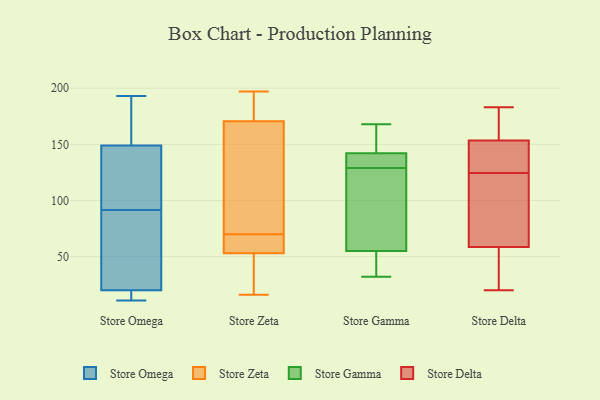
{"axis": {"x": "Bounce Rate (%)", "y": "Value"}, "legend": ["Store Delta", "Store Gamma", "Store Omega", "Store Zeta"], "data": [{"x": "", "y": 14, "type": "Store Omega"}, {"x": "", "y": 17, "type": "Store Omega"}, {"x": "", "y": 184, "type": "Store Omega"}, {"x": "", "y": 106, "type": "Store Omega"}, {"x": "", "y": 143, "type": "Store Omega"}, {"x": "", "y": 30, "type": "Store Omega"}, {"x": "", "y": 93, "type": "Store Omega"}, {"x": "", "y": 160, "type": "Store Omega"}, {"x": "", "y": 155, "type": "Store Omega"}, {"x": "", "y": 123, "type": "Store Omega"}, {"x": "", "y": 50, "type": "Store Omega"}, {"x": "", "y": 23, "type": "Store Omega"}, {"x": "", "y": 193, "type": "Store Omega"}, {"x": "", "y": 90, "type": "Store Omega"}, {"x": "", "y": 11, "type": "Store Omega"}, {"x": "", "y": 13, "type": "Store Omega"}, {"x": "", "y": 172, "type": "Store Zeta"}, {"x": "", "y": 197, "type": "Store Zeta"}, {"x": "", "y": 139, "type": "Store Zeta"}, {"x": "", "y": 16, "type": "Store Zeta"}, {"x": "", "y": 55, "type": "Store Zeta"}, {"x": "", "y": 170, "type": "Store Zeta"}, {"x": "", "y": 39, "type": "Store Zeta"}, {"x": "", "y": 22, "type": "Store Zeta"}, {"x": "", "y": 124, "type": "Store Zeta"}, {"x": "", "y": 57, "type": "Store Zeta"}, {"x": "", "y": 68, "type": "Store Zeta"}, {"x": "", "y": 70, "type": "Store Zeta"}, {"x": "", "y": 176, "type": "Store Zeta"}, {"x": "", "y": 155, "type": "Store Zeta"}, {"x": "", "y": 186, "type": "Store Zeta"}, {"x": "", "y": 47, "type": "Store Zeta"}, {"x": "", "y": 59, "type": "Store Zeta"}, {"x": "", "y": 99, "type": "Store Gamma"}, {"x": "", "y": 129, "type": "Store Gamma"}, {"x": "", "y": 153, "type": "Store Gamma"}, {"x": "", "y": 70, "type": "Store Gamma"}, {"x": "", "y": 45, "type": "Store Gamma"}, {"x": "", "y": 32, "type": "Store Gamma"}, {"x": "", "y": 50, "type": "Store Gamma"}, {"x": "", "y": 134, "type": "Store Gamma"}, {"x": "", "y": 133, "type": "Store Gamma"}, {"x": "", "y": 95, "type": "Store Gamma"}, {"x": "", "y": 35, "type": "Store Gamma"}, {"x": "", "y": 142, "type": "Store Gamma"}, {"x": "", "y": 160, "type": "Store Gamma"}, {"x": "", "y": 142, "type": "Store Gamma"}, {"x": "", "y": 168, "type": "Store Gamma"}, {"x": "", "y": 172, "type": "Store Delta"}, {"x": "", "y": 20, "type": "Store Delta"}, {"x": "", "y": 76, "type": "Store Delta"}, {"x": "", "y": 90, "type": "Store Delta"}, {"x": "", "y": 183, "type": "Store Delta"}, {"x": "", "y": 41, "type": "Store Delta"}, {"x": "", "y": 23, "type": "Store Delta"}, {"x": "", "y": 130, "type": "Store Delta"}, {"x": "", "y": 135, "type": "Store Delta"}, {"x": "", "y": 125, "type": "Store Delta"}, {"x": "", "y": 174, "type": "Store Delta"}, {"x": "", "y": 124, "type": "Store Delta"}]}